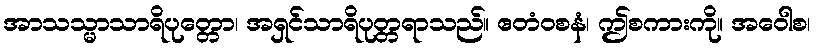
အာသသ္မာသာရိပုတ္တော၊ အရှင်သာရိပုတ္တရာသည်။ ဧတံဝစနံ၊ ဤစကားကို။ အဝေါစ၊